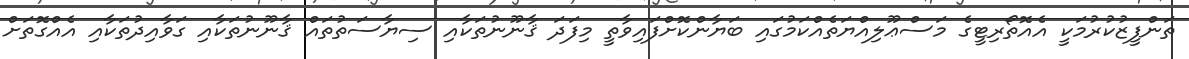
ތަންފީޒުކުރުމަކީ އެއޮތޯރިޓީގެ މަސްޢޫލިއްޔަތެއްކަމުގައި ބަޔާންކޮށްފައިވާތީ މިފަދަ ޤާނޫނުތަކާއި ސިޔާސަތުތައް ޤާނޫނުތަކާއި ގަވާއިދުތަކާއި އެއްގޮތަށް